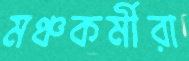
মঞ্চকর্মীরা